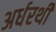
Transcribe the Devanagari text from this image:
अर्धरथी